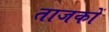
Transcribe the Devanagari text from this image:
ताजकों